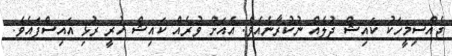
ޖެއްސިމީހަކު ކައިޝް ދުލެއް ނުކުރާނެއެވެ. އެއަށް ވުރެއް ކައިޝް ހުރީ ރުޅި އައިސްފައެވެ.